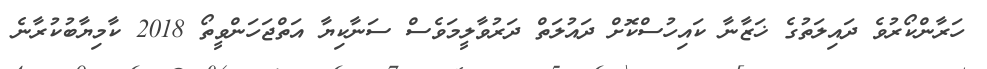
ހަރާންކޯރުވެ ދައިލަތުގެ ޚަޒާނާ ކައިހުސްކޮށް ދައުލަތް ދަރުވާލީމަވެސް ސަނާކިޔާ އަތްޖަހަންވީތޯ 2018 ކާމިޔާބުކުރާނެ